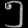
Digit: ၅